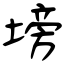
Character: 塝